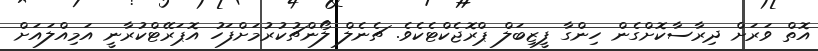
އޮތް ވަރަށް ދިރާސާކޮށްގެން ހިންގާ ފީޒިބަލް ޕްރޮޖެކްޓެކެވެ. ޗެނެލް ލޯންޗުކުރުމަށްފަހު އޮޕަރޭޓްކުރާނީ އަމިއްލައަށް